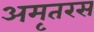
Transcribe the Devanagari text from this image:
अमृतरस